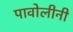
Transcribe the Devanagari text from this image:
पावोलीनी